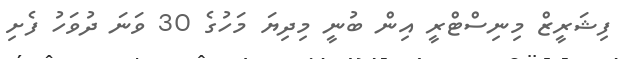
ފިޝަރީޒް މިނިސްޓްރީ އިން ބުނީ މިދިޔަ މަހުގެ 30 ވަނަ ދުވަހު ފެށި